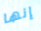
إنها